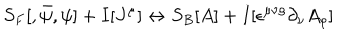
S _ { F } [ , { \bar { \psi } } , \psi ] + I [ J ^ { \mu } ] \leftrightarrow S _ { B } [ A ] + I [ \epsilon ^ { \mu \nu \rho } \partial _ { \nu } A _ { \rho } ]